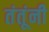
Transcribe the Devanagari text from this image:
तंतूंनी